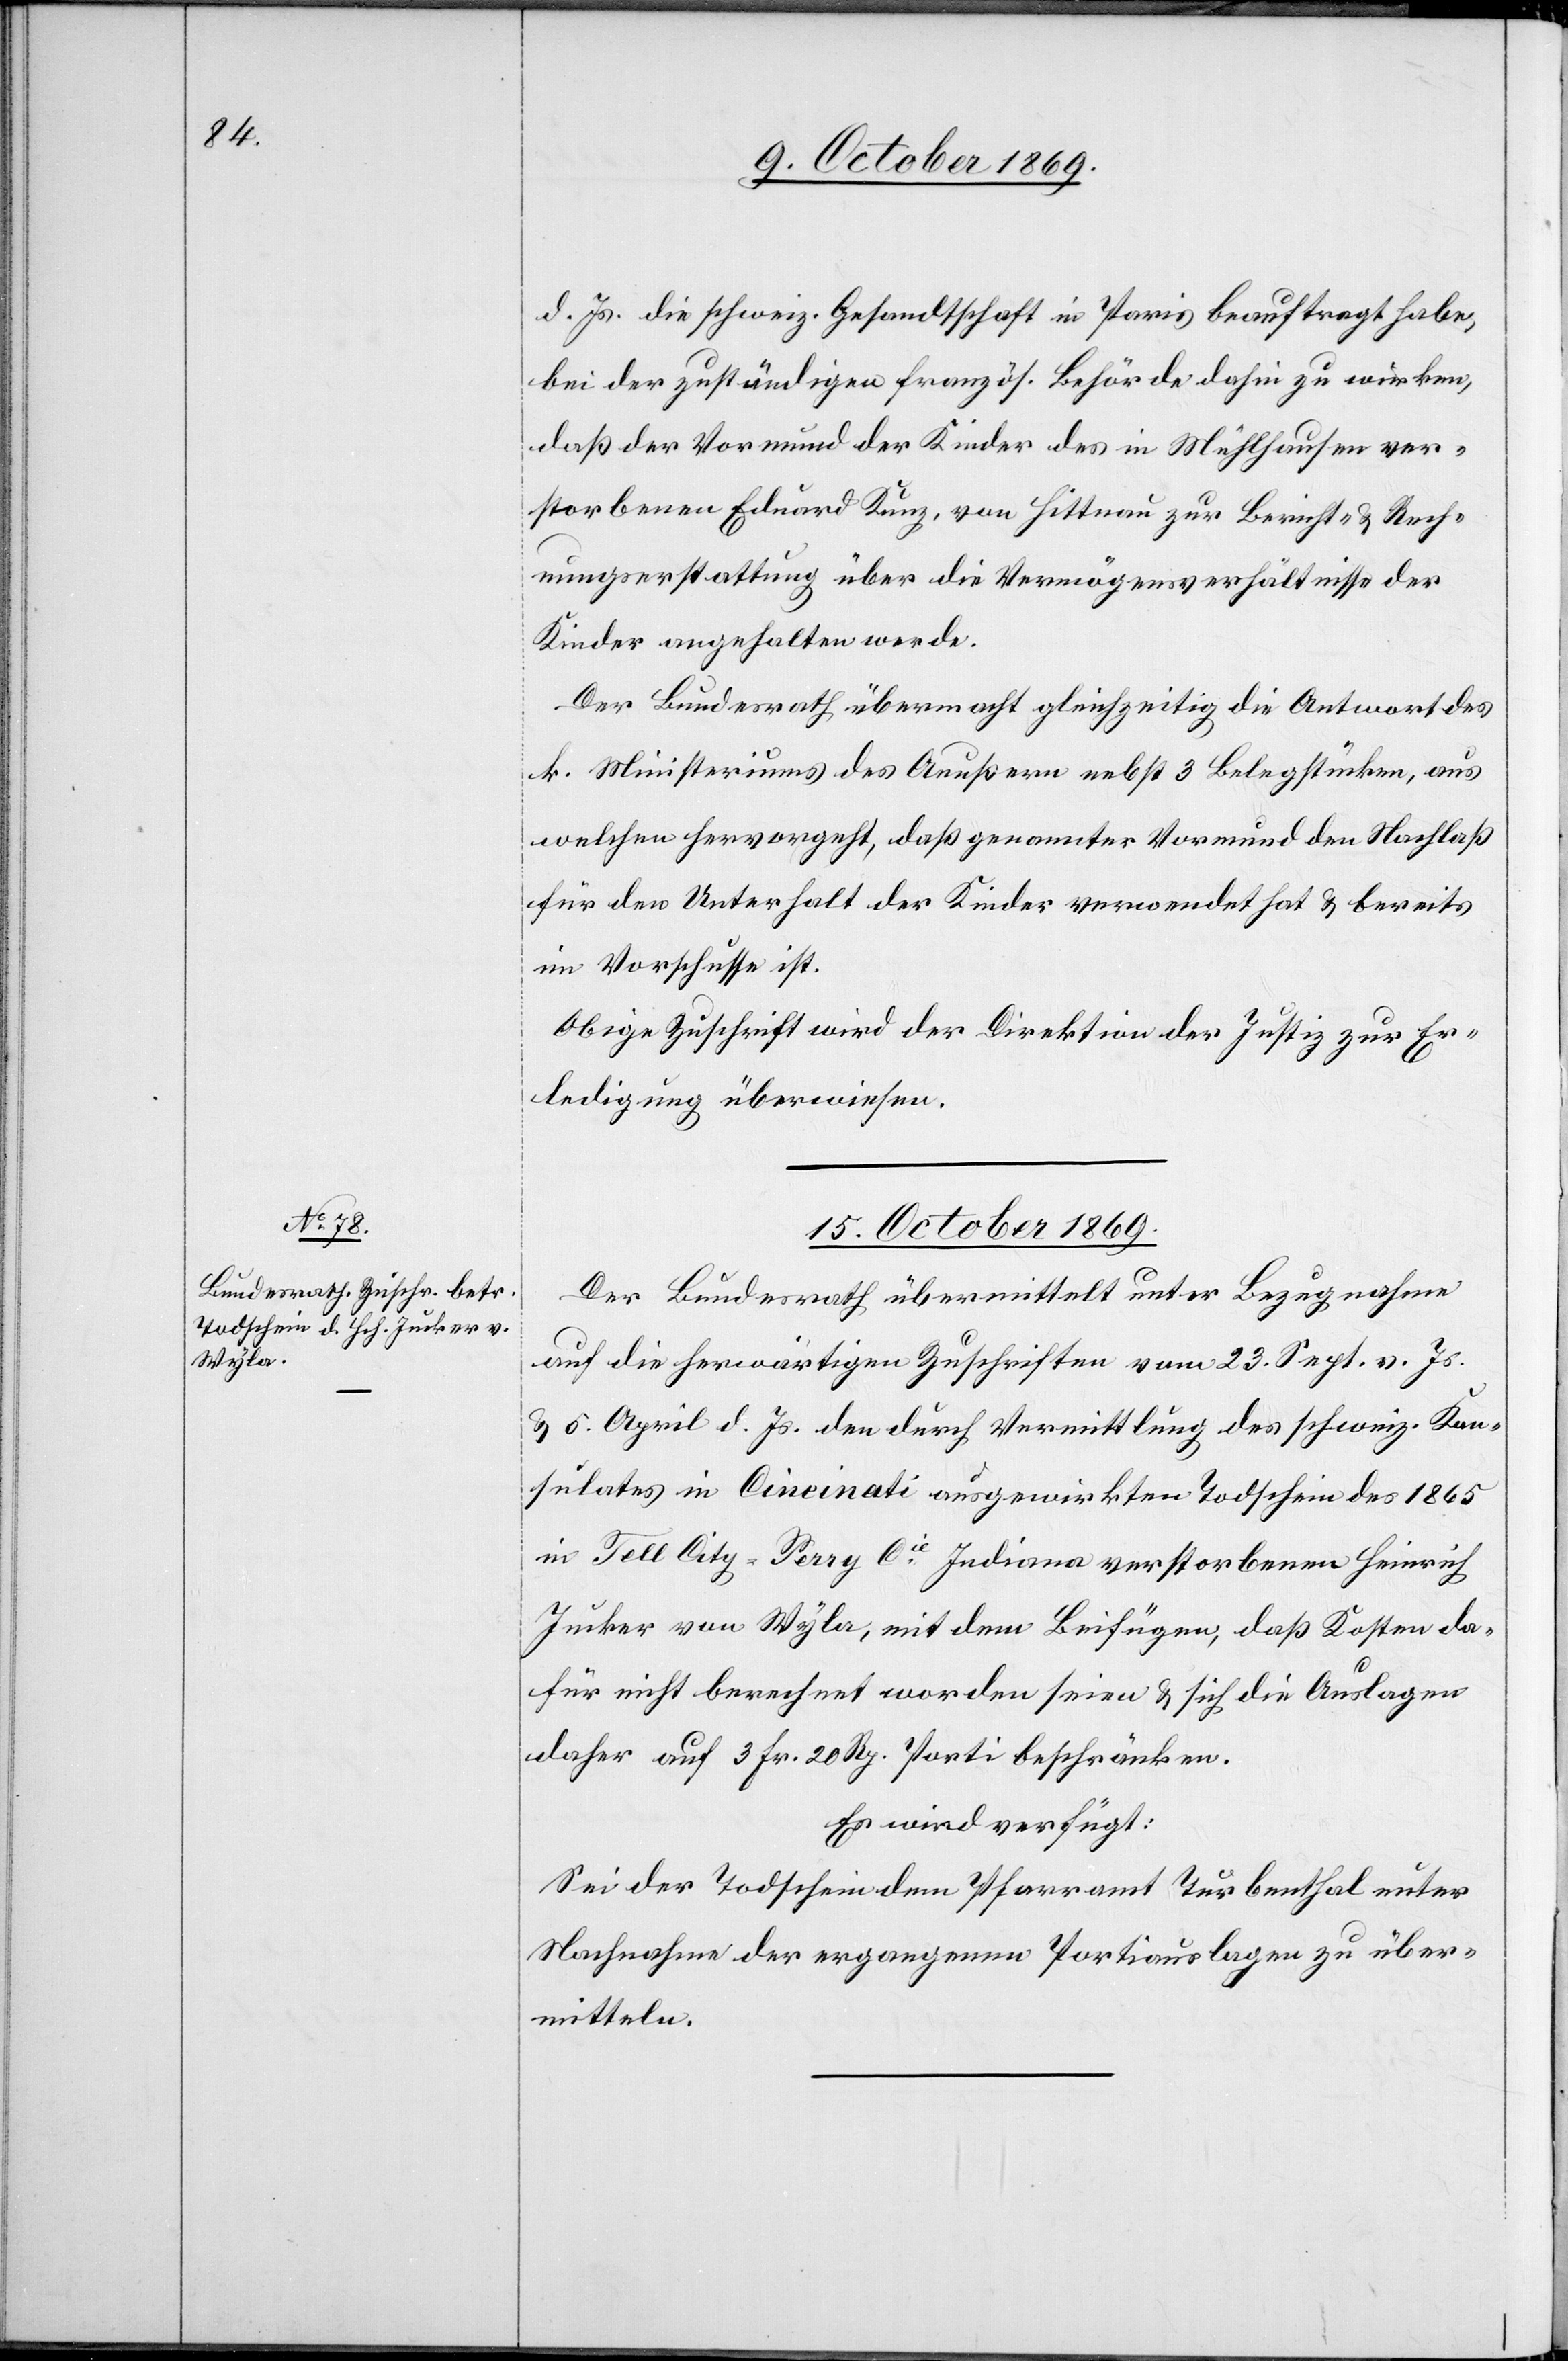
d. Js. die schweiz. Gesandtschaft in Paris beauftragt habe,
bei der zuständigen französ. Behörde dahin zu wirken,
daß der Vormund der Kinder des in Mühlhausen ver¬
storbenen Eduard Kunz, von Hittnau zur Bericht- & Rech¬
nungserstattung über die Vermögensverhältnisse der
Kinder angehalten werde.
Der Bundesrath übermacht gleichzeitig die Antwort des
k. Ministeriums des Aeußern nebst 3 Belegstücken, aus
welchen hervorgeht, daß genannter Vormund den Nachlaß
für den Unterhalt der Kinder verwendet hat & bereits
im Vorschusse ist.
Obige Zuschrift wird der Direktion der Justiz zur Er¬
ledigung überwiesen.
15. October 1869.
Der Bundesrath übermittelt unter Bezugnahme
auf die herwärtigen Zuschriften vom 23. Sept. v. Js.
& 5. April d. Js. den durch Vermittlung des schweiz. Kon¬
sulates in Cincinati ausgewirkten Todschein des 1865
in Tell City – Perry Cie Indiana verstorbenen Heinrich
Jucker von Wyla, mit dem Beifügen, daß Kosten da¬
für nicht berechnet worden seien & sich die Auslagen
daher auf 3 Fr. 20 Rp. Porti beschränken.
Es wird verfügt:
Sei der Todschein dem Pfarramt Turbenthal unter
Nachnahme der ergangenen Portiauslagen zu über¬
mitteln.